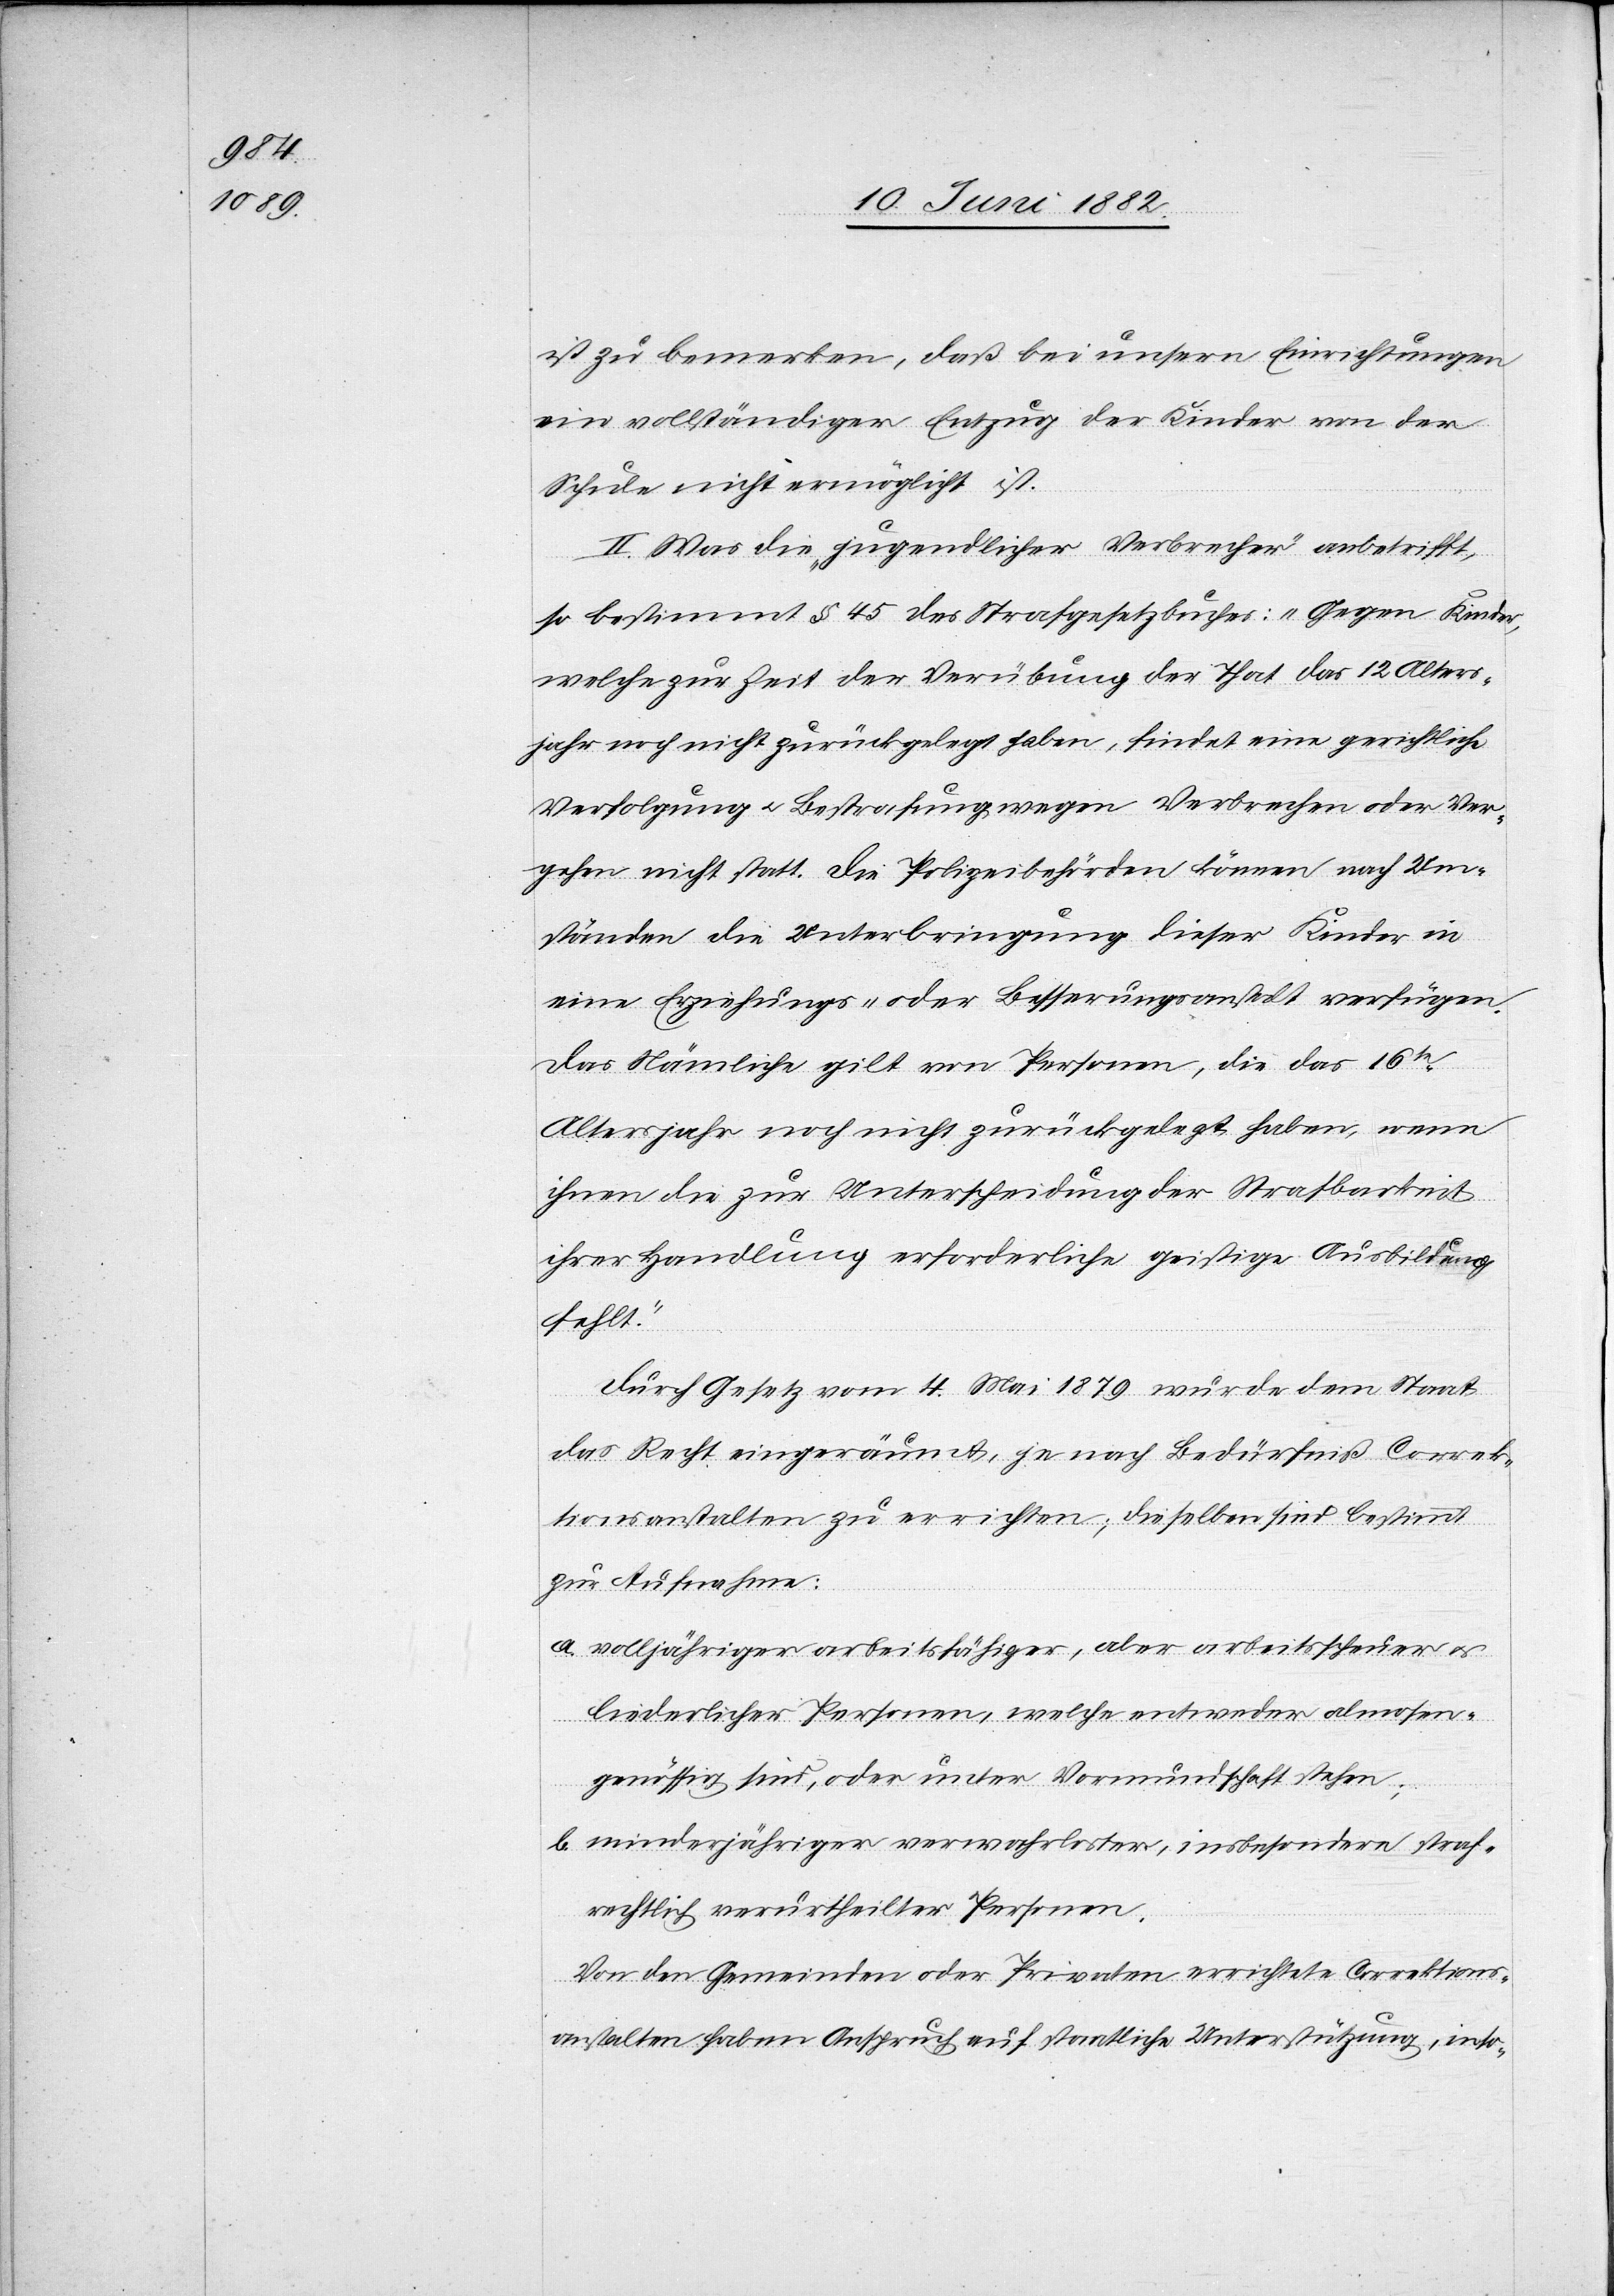
ist zu bemerken, daß bei unsern Einrichtungen
ein vollständiger Entzug der Kinder von der
Schule nicht ermöglicht ist.
I.] Was die „jugendlichen Verbrecher“ anbetrifft,
so bestimmt § 45 des Strafgesetzbuches: „Gegen Kinder,
welche zur Zeit der Verübung einer That das 12 Alters¬
jahr noch nicht zurückgelegt haben, findet eine gerichtliche
Verfolgung u. Bestrafung wegen Verbrechen oder Ver¬
gehen nicht statt. Die Polizeibehörden können nach Um¬
ständen die Unterbringung dieser Kinder in
eine Erziehungs- oder Besserungsanstalt verfügen.
Das Nämliche gilt von Personen, die das 16te
Altersjahr noch nicht zurückgelegt haben, wenn
ihnen die zur Unterscheidung der Strafbarkeit
ihrer Handlung erforderliche geistige Ausbildung
fehlt.“
Durch Gesetz vom 4. Mai 1879 wurde dem Staat
das Recht eingeräumt, je nach Bedürfniß Correk¬
tionsanstalten zu errichten; dieselben sind bestimmt
zur Aufnahme:
a. volljähriger arbeitsfähiger, aber arbeitsscheuer u.
liederlicher Personen, welche entweder almosen¬
genössig sind, oder unter Vormundschaft stehen;
b. minderjähriger verwahrloster, insbesondere straf¬
rechtlich verurtheilter Personen.
Von den Gemeinden oder Privaten errichtete Correktions¬
anstalten haben Anspruch auf staatliche Unterstützung, inso-